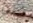
نحن